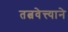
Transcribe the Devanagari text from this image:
तत्ववेत्त्याने